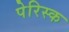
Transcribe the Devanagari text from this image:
पेरिस्क